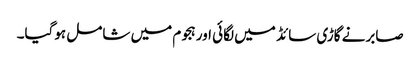
صابرنے گاڑی سائڈ میں لگائی اور ہجوم میں شامل ہوگیا۔